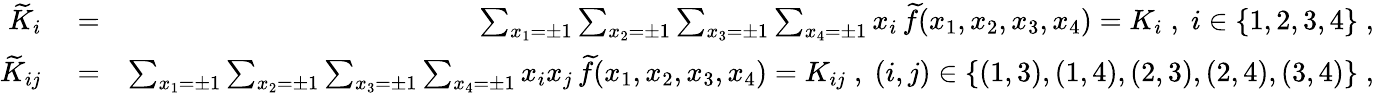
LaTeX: \begin{array}{rlr}{{\widetilde K}_{i}}&{{}=}&{\sum_{x_{1}=\pm 1}\sum_{x_{2}=\pm 1}\sum_{x_{3}=\pm 1}\sum_{x_{4}=\pm 1}x_{i}\, {\widetilde f}(x_{1},x_{2},x_{3},x_{4})=K_{i}\; ,\; i\in\{ 1,2,3,4\} \; ,}\\ {{\widetilde K}_{ij}}&{{}=}&{\sum_{x_{1}=\pm 1}\sum_{x_{2}=\pm 1}\sum_{x_{3}=\pm 1}\sum_{x_{4}=\pm 1}x_{i}x_{j}\, {\widetilde f}(x_{1},x_{2},x_{3},x_{4})=K_{ij}\; ,\; (i,j)\in\{ (1,3),(1,4),(2,3),(2,4),(3,4)\} \; ,}\end{array}